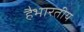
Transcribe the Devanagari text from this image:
हैभारतीय